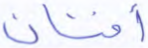
أفنان